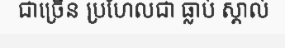
ជាច្រើន ប្រហែលជា ធ្លាប់ ស្គាល់